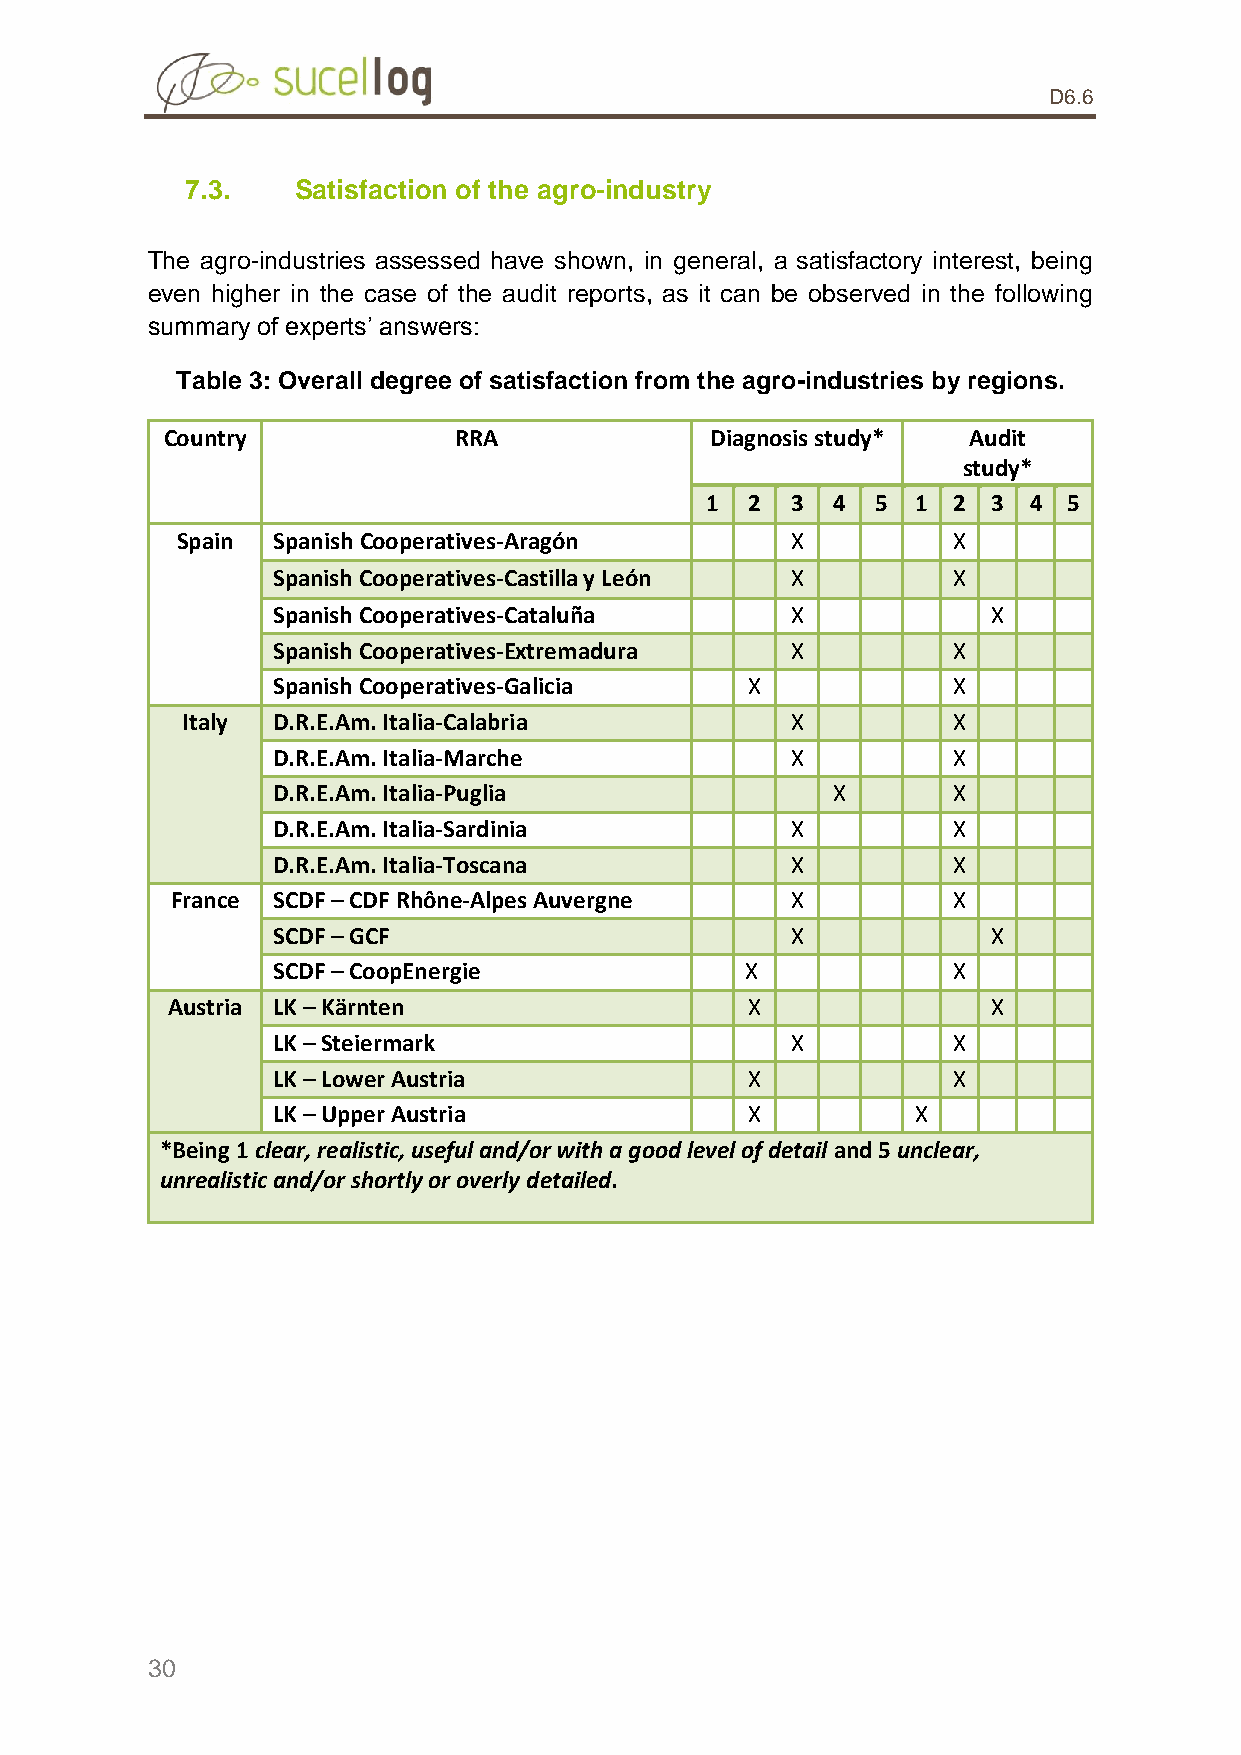
D6.6
 7.3.    Satisfaction of the agro-industry
 The agro-industries assessed have shown, in general, a satisfactory interest, being
 even higher in the case of the audit reports, as it can be observed in the following
 summary of experts’ answers:
 Table 3: Overall degree of satisfaction from the agro-industries by regions.
 Country            RRA              Diagnosis study* Audit
 study*
 1  2 3  4  5  1 2  3 4  5
 Spain Spanish Cooperatives-Aragón       X          X
 Spanish Cooperatives-Castilla y León X       X
 Spanish Cooperatives-Cataluña     X             X
 Spanish Cooperatives-Extremadura  X          X
 Spanish Cooperatives-Galicia    X            X
 Italy D.R.E.Am. Italia-Calabria         X          X
 D.R.E.Am. Italia-Marche           X          X
 D.R.E.Am. Italia-Puglia              X       X
 D.R.E.Am. Italia-Sardinia         X          X
 D.R.E.Am. Italia-Toscana          X          X
 France SCDF – CDF Rhône-Alpes Auvergne   X          X
 SCDF – GCF                        X             X
 SCDF – CoopEnergie             X             X
 Austria LK – Kärnten                   X               X
 LK – Steiermark                   X          X
 LK – Lower Austria              X            X
 LK – Upper Austria              X          X
 *Being 1 clear, realistic, useful and/or with a good level of detail and 5 unclear,
 unrealistic and/or shortly or overly detailed.
 30